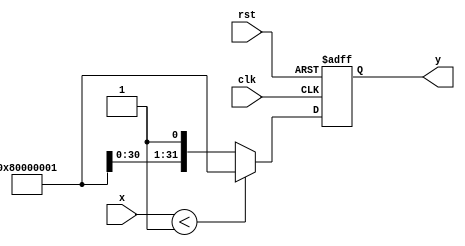
module acosh #(
    parameter WIDTH = 32 // Width of the floating-point representation
) (
    input  [WIDTH-1:0] x,        // Input floating-point value
    output reg [WIDTH-1:0] y,     // Output floating-point result
    input  clk,                   // Clock
    input  rst                    // Reset
);

    // Constants
    localparam NAN_VALUE = {1'b1, {WIDTH-2{1'b0}}, 1'b1}; // Assuming NaN representation
    localparam ONE_VALUE = {1'b0, {WIDTH-2{1'b0}}, 1'b1};  // Floating-point representation of 1.0

    // Internal signals
    reg [WIDTH-1:0] sqrt_x2_minus_1;
    reg [WIDTH-1:0] x_plus_sqrt;
    reg valid_input;

    // Arithmetic operations placeholder (assumed to be defined externally)
    function [WIDTH-1:0] fp_sqrt(input [WIDTH-1:0] in);
        // Placeholder for floating-point square root
    endfunction

    function [WIDTH-1:0] fp_ln(input [WIDTH-1:0] in);
        // Placeholder for floating-point natural logarithm
    endfunction

    // Pipelined computation
    always @(posedge clk or posedge rst) begin
        if (rst) begin
            y <= {WIDTH{1'b0}};
            valid_input <= 1'b0;
        end else begin
            // Check if input is less than 1
            if (x < ONE_VALUE) begin
                y <= NAN_VALUE; // Return NaN for invalid input
                valid_input <= 1'b0;
            end else begin
                valid_input <= 1'b1;
                // Compute sqrt(x^2 - 1)
                sqrt_x2_minus_1 <= fp_sqrt(x * x - ONE_VALUE);
                // Compute x + sqrt(x^2 - 1)
                x_plus_sqrt <= x + sqrt_x2_minus_1;

                // In the next clock cycle, compute the natural logarithm
                y <= fp_ln(x_plus_sqrt);
            end
        end
    end

endmodule